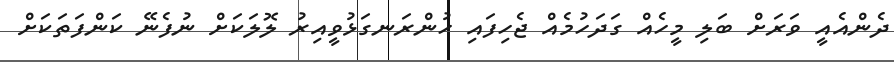
ދެންއެއީ ވަރަށް ބަލި މީހެއް ގަދަހުމެއް ޖެހިފައި ހުންރަނގަޅުވީއިރު ލޮލަކަށް ނުފެނޭ ކަންފަތަކަށް